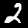
Label: 2